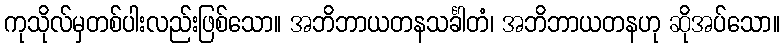
ကုသိုလ်မှတစ်ပါးလည်းဖြစ်သော။ အဘိဘာယတနသင်္ခါတံ၊ အဘိဘာယတနဟု ဆိုအပ်သော။